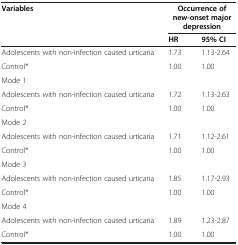
<table><thead><tr><td><b>Variables</b></td><td colspan="2"><b>Occurrence of new-onset major depression</b></td></tr><tr><td>[EMPTY_CELL]</td><td><b>HR</b></td><td><b>95% CI</b></td></tr></thead><tbody><tr><td>Adolescents with non-infection caused urticaria</td><td>1.73</td><td>1.13-2.64</td></tr><tr><td>Control*</td><td>1.00</td><td>1.00</td></tr><tr><td>Mode 1</td><td>[EMPTY_CELL]</td><td>[EMPTY_CELL]</td></tr><tr><td>Adolescents with non-infection caused urticaria</td><td>1.72</td><td>1.13-2.63</td></tr><tr><td>Control*</td><td>1.00</td><td>1.00</td></tr><tr><td>Mode 2</td><td>[EMPTY_CELL]</td><td>[EMPTY_CELL]</td></tr><tr><td>Adolescents with non-infection caused urticaria</td><td>1.71</td><td>1.12-2.61</td></tr><tr><td>Control*</td><td>1.00</td><td>1.00</td></tr><tr><td>Mode 3</td><td>[EMPTY_CELL]</td><td>[EMPTY_CELL]</td></tr><tr><td>Adolescents with non-infection caused urticaria</td><td>1.85</td><td>1.17-2.93</td></tr><tr><td>Control*</td><td>1.00</td><td>1.00</td></tr><tr><td>Mode 4</td><td>[EMPTY_CELL]</td><td>[EMPTY_CELL]</td></tr><tr><td>Adolescents with non-infection caused urticaria</td><td>1.89</td><td>1.23-2.87</td></tr><tr><td>Control*</td><td>1.00</td><td>1.00</td></tr></tbody></table>